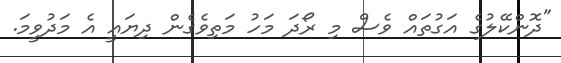
"ދޮންކޭލުގެ އަގުތައް ވެސް މި ރޯދަ މަހު މަތިވެގެން ދިޔައީ އެ މަދުވީމަ.